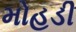
મોહડી